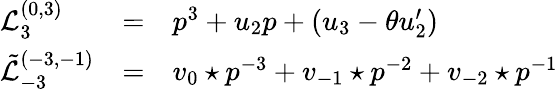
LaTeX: \begin{array}{lcl}{{{\mathcal L}_{3}^{(0,3)}}}&{{=}}&{{p^{3}+u_{2}p+(u_{3}-\theta u_{2}^{\prime})}}\\ {{{\tilde{\mathcal L}}_{-3}^{(-3,-1)}}}&{{=}}&{{{v_{0}\star p}^{-3}+v_{-1}\star p^{-2}+v_{-2}\star p^{-1}}}\end{array}